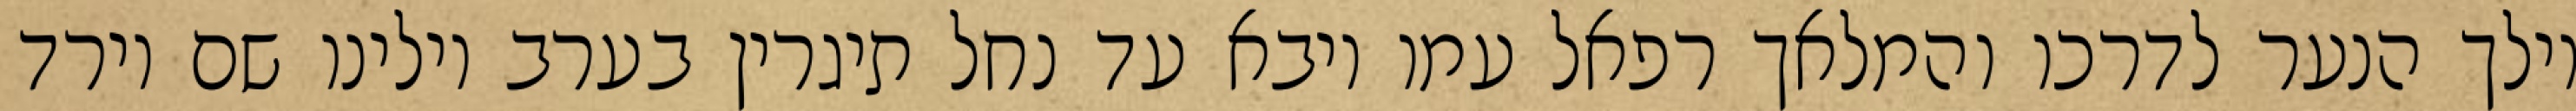
וילך הנער לדרכו והמלאך רפאל עמו ויבא עד נחל תיגרין בערב וילינו שם וירד